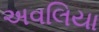
અવલિયા